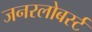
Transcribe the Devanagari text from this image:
जनरलोबर्स्ट